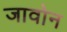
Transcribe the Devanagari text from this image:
जावोन